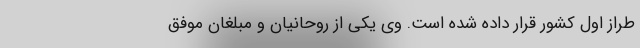
طراز اول کشور قرار داده شده است. وی یکی از روحانیان و مبلغان موفق